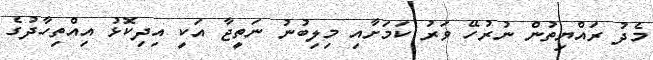
މެދު ރައްޔިތުން ނުރުހޭ ވަރު ކަމަށާއި މިލިބުނު ނަތީޖާ އަކީ އިދިކޮޅު އިއްތިހާދުގެ